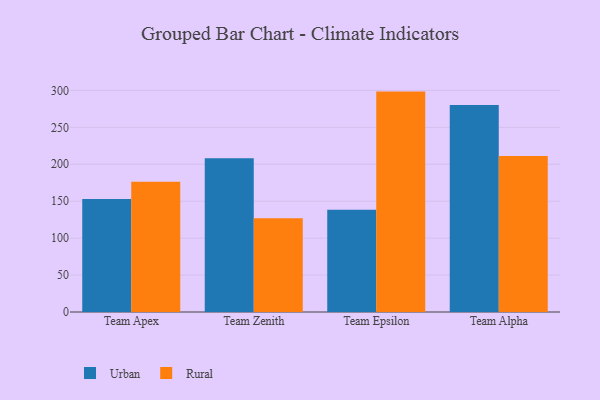
{"axis": {"x": "Team", "y": "Demand Index"}, "legend": ["Rural", "Urban"], "data": [{"x": "Team Apex", "y": 153.0, "type": "Urban"}, {"x": "Team Apex", "y": 176.2, "type": "Rural"}, {"x": "Team Zenith", "y": 208.3, "type": "Urban"}, {"x": "Team Zenith", "y": 127.0, "type": "Rural"}, {"x": "Team Epsilon", "y": 138.4, "type": "Urban"}, {"x": "Team Epsilon", "y": 298.4, "type": "Rural"}, {"x": "Team Alpha", "y": 280.4, "type": "Urban"}, {"x": "Team Alpha", "y": 211.2, "type": "Rural"}]}